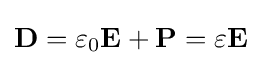
\mathbf {D} =\varepsilon _{0}\mathbf {E} +\mathbf {P} =\varepsilon \mathbf {E}